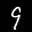
Label: 9